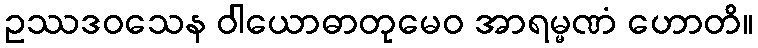
ဥဿဒဝသေန ဝါယောဓာတုမေဝ အာရမ္မဏံ ဟောတိ။